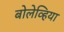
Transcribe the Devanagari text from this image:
बोलेव्हिया